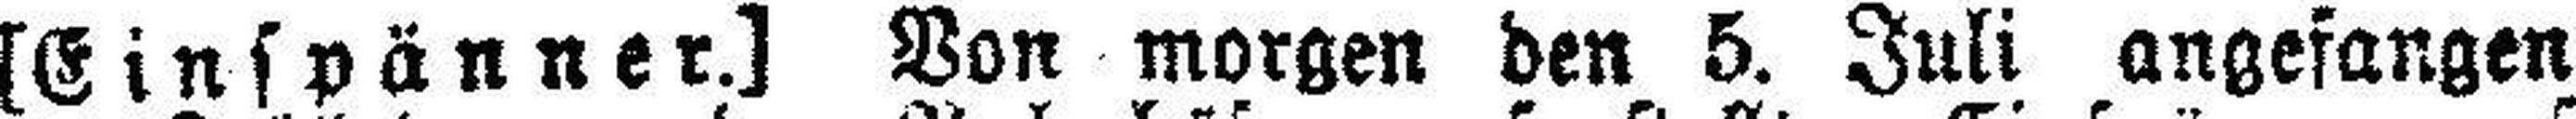
[Einspänner.] Von morgen den 5. Juli angefangen